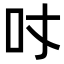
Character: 𠮼